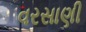
વરસાણી